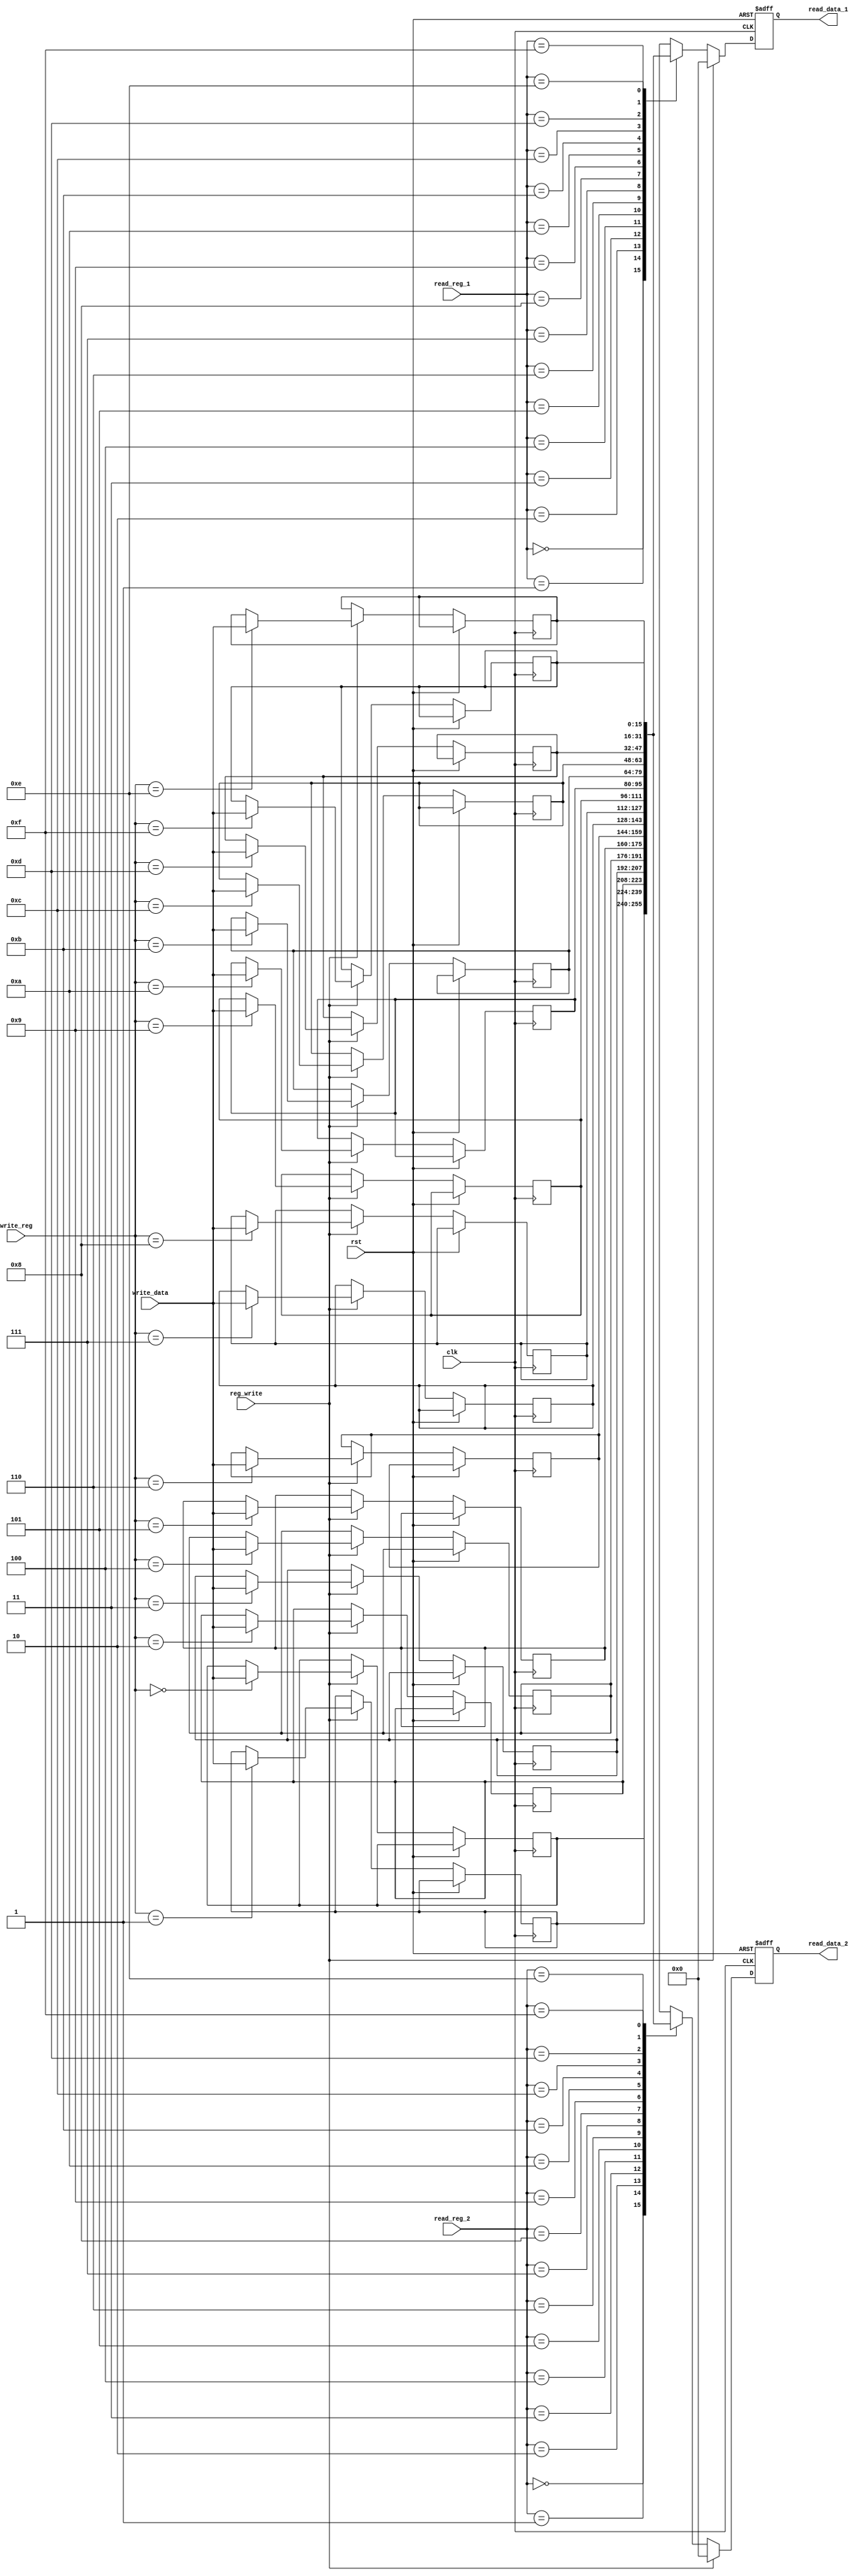
`timescale 1ns / 1ps
//////////////////////////////////////////////////////////////////////////////////
// Company: 
// Engineer: 
// 
// Design Name: 
// Module Name: register
// Project Name: 
// Target Devices: 
// Tool Versions: 
// Description: 
// 
// Dependencies: 
// 
// Revision:
// Revision 0.01 - File Created
// Additional Comments:
// 
//////////////////////////////////////////////////////////////////////////////////


module register(
    input [3:0] read_reg_1,
    input [3:0] read_reg_2,
    input [3:0] write_reg,
    input [15:0] write_data,
    input reg_write,
    input clk,
    input rst,
    output reg [15:0] read_data_1,
    output reg [15:0] read_data_2
    );

reg [15:0] registers[15:0];

always@(posedge clk or posedge rst)
begin
    if (rst)
    begin
        read_data_1 <= 0;
        read_data_2 <= 0;
    end
    else
    begin
        if (reg_write)
        begin
            registers[write_reg] <= write_data;
            read_data_1 <= 0;
            read_data_2 <= 0;
        end
        else
        begin
            read_data_1 <= registers[read_reg_1];
            read_data_2 <= registers[read_reg_2];
        end
    end
end

endmodule